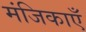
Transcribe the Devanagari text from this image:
मंजिकाएँ